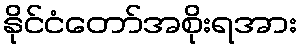
နိုင်ငံတော်အစိုးရအား